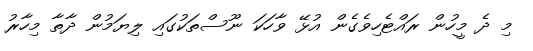
މި ދެ މީހުން ރައްޓެހިވެގެން އުޅޭ ވާހަކަ ނޫސްތަކުގައި ލިޔަމުން ދާތާ މިހާރު